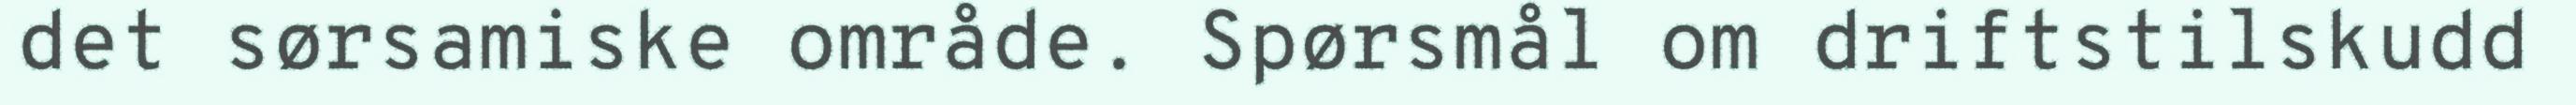
det sørsamiske område. Spørsmål om driftstilskudd